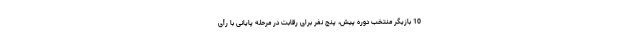
10 بازیگر منتخب دوره پیش، پنج نفر برای رقابت در مرحله پایانی با رأی